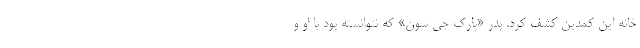
خانه این کمدین کشف کرد. پدر «پارک جی سون» که نتوانسته بود با او و